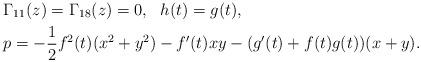
LaTeX: \begin{align*} & \Gamma_{11}(z)=\Gamma_{18}(z)=0, \ \ h(t)=g(t),\\& p=-\frac{1}{2}f^{2}(t)(x^{2}+y^{2})-f^{\prime}(t)xy-(g^{\prime}(t)+f(t)g(t))(x+y).\end{align*}